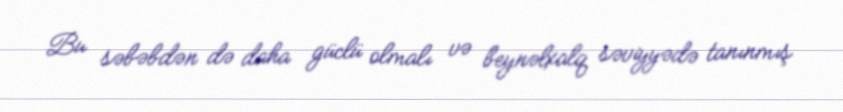
Bu səbəbdən də daha güclü olmalı və beynəlxalq səviyyədə tanınmış